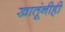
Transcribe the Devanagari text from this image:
खातूंनीही